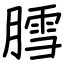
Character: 膤